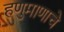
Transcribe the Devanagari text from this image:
हणुमाणाचे